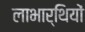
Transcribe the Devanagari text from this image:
लाभार्थियों